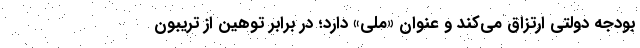
بودجه دولتی ارتزاق می‌کند و عنوان «ملی» دارد؛ در برابر توهین از تریبون